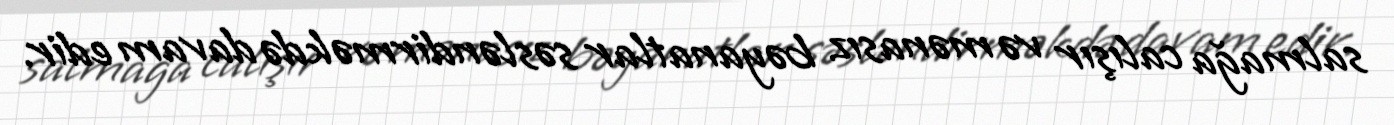
salmağa calışır və mənasız bəyanatlar səsləndirməkdə davam edir.